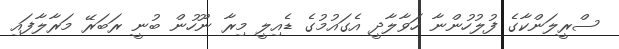
ސްރީލަންކާގެ ފުލުހުންނާ ހަވާލާދީ އެގައުމުގެ ޑެއިލީ މިރާ ނޫހުން ބުނީ ރަބަރޭ މަރާލާފައި